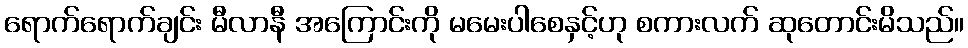
ရောက်ရောက်ချင်း မီလာနီ အကြောင်းကို မမေးပါစေနှင့်ဟု စကားလက် ဆုတောင်းမိသည်။